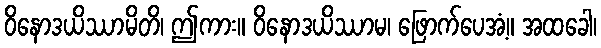
ဝိနောဒယိဿာမိတိ၊ ဤကား။ ဝိနောဒယိဿာမ၊ ဖြောက်ပေအံ့။ အထခေါ၊